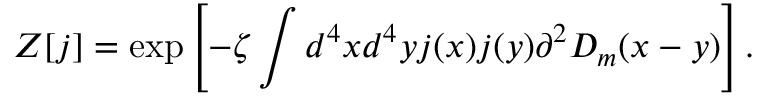
{ \cal Z } [ j ] = \exp \left[ - \zeta \int d ^ { 4 } x d ^ { 4 } y j ( x ) j ( y ) \partial ^ { 2 } D _ { m } ( x - y ) \right] .